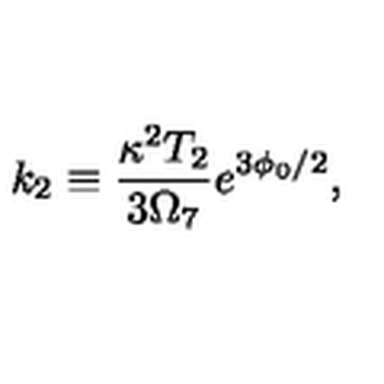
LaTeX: { k _ { 2 } \equiv { \frac { \kappa ^ { 2 } T _ { 2 } } { 3 \Omega _ { 7 } } } { } e ^ { 3 \phi _ { 0 } / 2 } , }